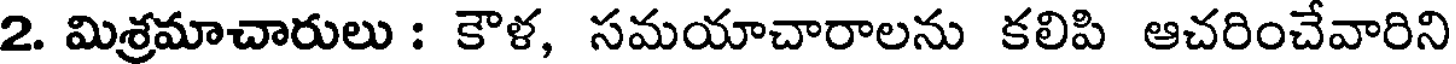
2. మిశ్రమాచారులు : కౌళ, సమయాచారాలను కలిపి ఆచరించేవారిని